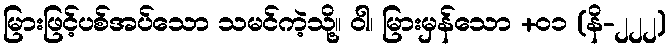
မြားဖြင့်ပစ်အပ်သော သမင်ကဲ့သို့။ ဝါ၊ မြားမှန်သော +၀၁ (နိ-၂၂၂)